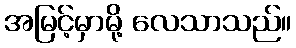
အမြင့်မှာမို့ လေသာသည်။